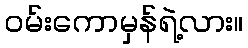
ဝမ်းကောမှန်ရဲ့လား။